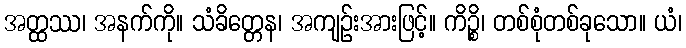
အတ္ထဿ၊ အနက်ကို။ သံခိတ္တေန၊ အကျဉ်းအားဖြင့်။ ကိဉ္စိ၊ တစ်စုံတစ်ခုသော။ ယံ၊